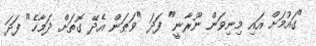
"ގައުމަށް އައި މިނިވަން ނޫރާނީ" ފަދަ "ވަޠަން އެދޭ ގޮތަށް ދަމާހެ" ފަދަ